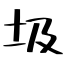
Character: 圾